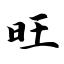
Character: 旺